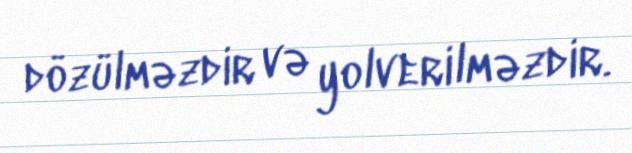
dözülməzdir və yolverilməzdir.